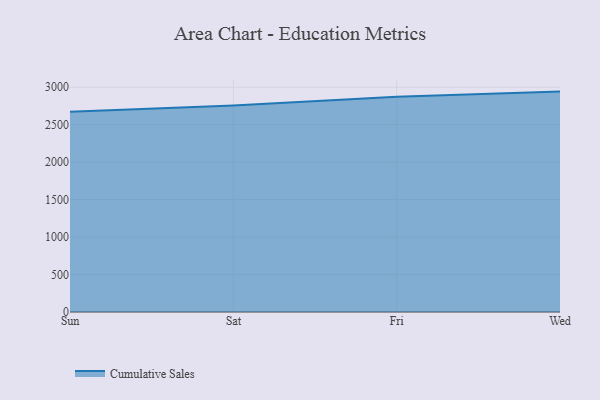
{"axis": {"x": "Day", "y": "Website Visitors"}, "legend": ["Cumulative Sales"], "data": [{"x": "Sun", "y": 2670.9, "type": "Cumulative Sales"}, {"x": "Sat", "y": 2754.1, "type": "Cumulative Sales"}, {"x": "Fri", "y": 2872.7, "type": "Cumulative Sales"}, {"x": "Wed", "y": 2940.8, "type": "Cumulative Sales"}]}